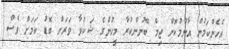
އެހެންކަމުން އާންމުކޮށް ޖިމް ބޭނުންކުރާ މީހުންގެ ޝަކުވާ ވަރަށް ބޮޑު ކަމަށް ވެސް